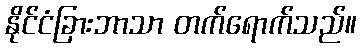
နိုင်ငံခြားဘာသာ တက်ရောက်သည်။